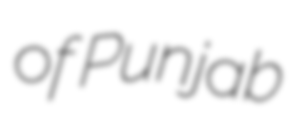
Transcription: of Punjab